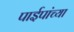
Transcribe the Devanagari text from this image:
पाईपांच्या